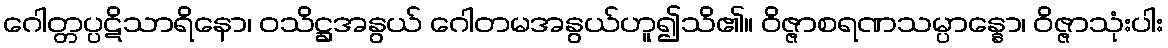
ဂေါတ္တပ္ပဋိသာရိနော၊ ဝသိဋ္ဌအနွယ် ဂေါတမအနွယ်ဟူ၍သိ၏။ ဝိဇ္ဇာစရဏသမ္ပာန္နော၊ ဝိဇ္ဇာသုံးပါး